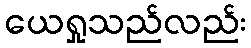
ယေရှုသည်လည်း